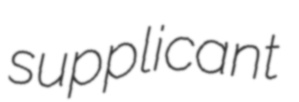
supplicant